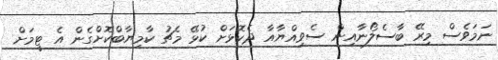
ނަމަވެސް މިރޭ ބާސެލޯނާއިން ސެވިއްޔާއާ ދެކޮޅަށް ކުޅޭ މެޗު ކާމިޔާބްކޮށްގެން އެ ޓީމަށް